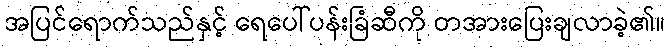
အပြင်ရောက်သည်နှင့် ရေပေါ်ပန်းခြံဆီကို တအားပြေးချလာခဲ့၏။